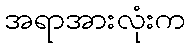
အရာအားလုံးက